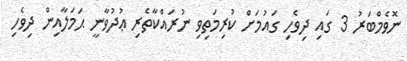
ނޮވެމްބަރު 3 ގައި ދިވެހި ގައުމަށް ކުރިމަތިވި ނުރައްކާތެރި ޢުދުވާނީ ޙަމަލާއިން ދިވެހި